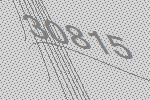
30815